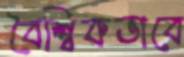
বৈশ্বিকভাবে